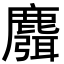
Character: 麛